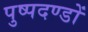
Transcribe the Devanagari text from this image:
पुष्पदण्डों